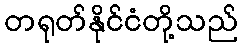
တရုတ်နိုင်ငံတို့သည်